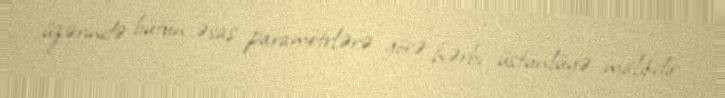
üzərində bütün əsas parametrlərə görə hərbi üstünlüyə malikdir.